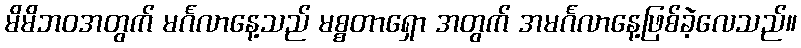
မိမိဘဝအတွက် မင်္ဂလာနေ့သည် မစ္စတာရှော အတွက် အမင်္ဂလာနေ့ဖြစ်ခဲ့လေသည်။